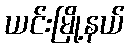
ယင်းမြို့နယ်